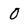
Character: 0